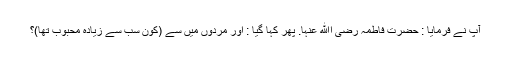
آپ نے فرمایا : حضرت فاطمہ رضی اﷲ عنہا. پھر کہا گیا : اور مردوں میں سے (کون سب سے زیادہ محبوب تھا)؟